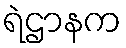
ရဲဌာနက